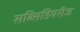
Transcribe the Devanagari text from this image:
सब्सिडियरीज